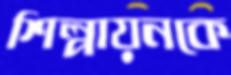
শিল্পায়নকে